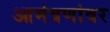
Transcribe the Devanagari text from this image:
आमंत्रणांवर